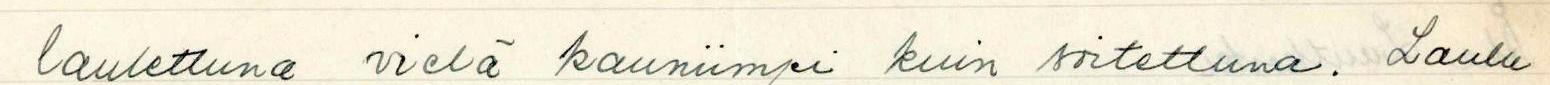
laulettuna vielä kauniimpi kuin soitettuna. Laulu